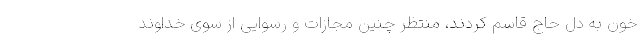
خون به دل حاج قاسم کردند، منتظر چنین مجازات و رسوایی از سوی خداوند